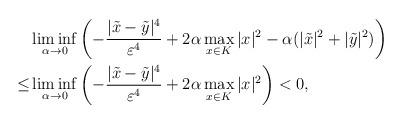
LaTeX: \begin{align*}\begin{aligned}&\liminf_{\alpha\to 0}\left(-\frac{|\tilde{x}-\tilde{y}|^4}{\varepsilon^4}+2\alpha \max_{x\in K} |x|^2-\alpha(|\tilde{x}|^2+|\tilde{y}|^2)\right)\\\leq &\liminf_{\alpha\to 0}\left(-\frac{|\tilde{x}-\tilde{y}|^4}{\varepsilon^4}+2\alpha \max_{x\in K} |x|^2\right)<0,\end{aligned}\end{align*}